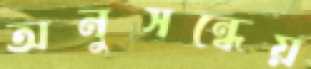
অনুসন্ধেয়